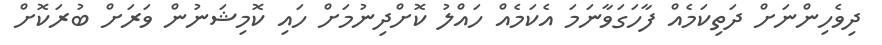
ދިވެހިންނަށް ދަތިކަމެއް ފާހަގަވާނަމަ އެކަމެއް ހައްލު ކޮށްދިނުމަށް ހައި ކޮމިޝަނުން ވަރަށް ބުރަކޮށް